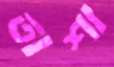
তাশা